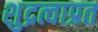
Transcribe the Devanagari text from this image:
शुद्रत्वाप्रत